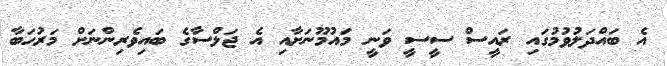
އެ ބައްދަލުވުމުގައި ރައީސް ސީސީ ވަނީ މައުމޫނަށާއި އެ ޖަލްސާގެ ބައިވެރިންނަށް މަރުހަބާ